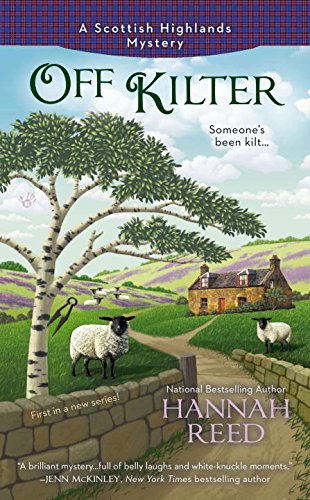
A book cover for Off Kilter (A Scottish Highlands Mystery); Hannah Reed; Mystery, Thriller & Suspense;